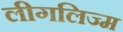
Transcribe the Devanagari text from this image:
लीगलिज्म